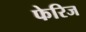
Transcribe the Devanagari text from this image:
फेरिज